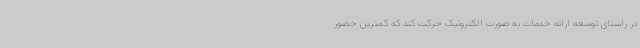
در راستای توسعه ارائه خدمات به صورت الکترونیک حرکت کند که کمترین حضور